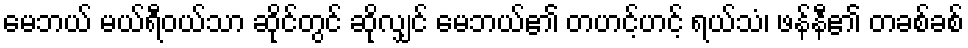
မေဘယ် မယ်ရီဝယ်သာ ဆိုင်တွင် ဆိုလျှင် မေဘယ်၏ တဟင့်ဟင့် ရယ်သံ၊ ဖန်နီ၏ တခစ်ခစ်